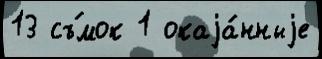
13 съ́мок 1 окаjа́нныjе